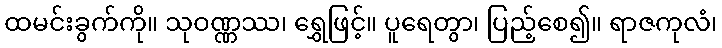
ထမင်းခွက်ကို။ သုဝဏ္ဏဿ၊ ရွှေဖြင့်။ ပူရေတွာ၊ ပြည့်စေ၍။ ရာဇကုလံ၊